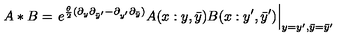
A * B = \left. e ^ { \frac { \theta } { 2 } ( \partial _ { y } \partial _ { \bar { y } ^ { \prime } } - \partial _ { y ^ { \prime } } \partial _ { \bar { y } } ) } A ( x : y , \bar { y } ) B ( x : y ^ { \prime } , \bar { y } ^ { \prime } ) \right| _ { y = y ^ { \prime } , \bar { y } = \bar { y } ^ { \prime } }